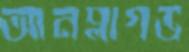
আনপ্লাগড